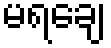
မရချေ